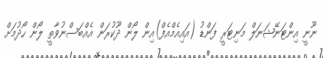
ނޫނީ އިންޓަނޭޝަނަލް މަނިޓަރީ ފަންޑު (އައިއެމްއެފް)އިން ލޯން ދޫކުރަން އެއްބަސްނުވާތީ ލޯން ހޯދުމަށް